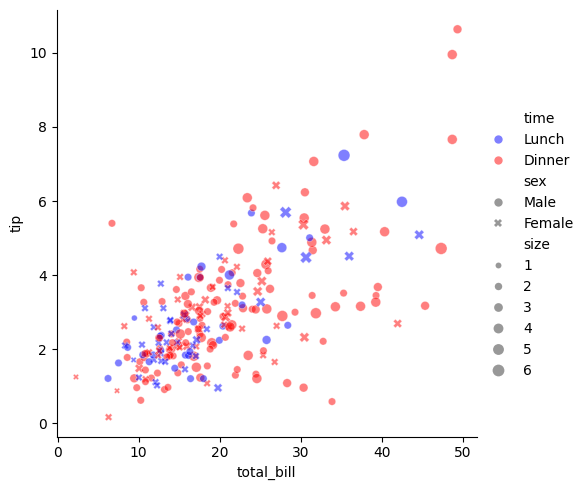
python, seaborn, relplot, alpha=0.5